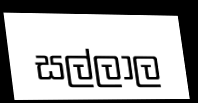
සල්ලාල